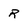
Character: r